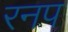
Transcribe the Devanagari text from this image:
रनप